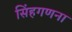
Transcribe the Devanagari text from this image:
सिंहगणना